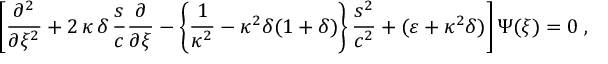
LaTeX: \left[ \frac { \partial ^ { 2 } } { \partial \xi ^ { 2 } } + 2 \, \kappa \, \delta \, \frac { s } { c } \frac { \partial } { \partial \xi } - \left\{ \frac { 1 } { \kappa ^ { 2 } } - \kappa ^ { 2 } \delta ( 1 + \delta ) \right\} \frac { s ^ { 2 } } { c ^ { 2 } } + ( \varepsilon + \kappa ^ { 2 } \delta ) \right] \Psi ( \xi ) = 0 \; ,